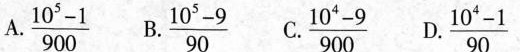
A.$$\frac{ 1 0 ^ { 5 } - 1 }{ 9 0 0 }$$ B. $$\frac{ 1 0 ^ { 5 } - 9 }{ 9 0 }$$ C.$$\frac{ 1 0 ^ { 4 } - 9 }{ 9 0 0 }$$ D.$$\frac{ 1 0 ^ { 4 } - 1 }{ 9 0 }$$